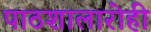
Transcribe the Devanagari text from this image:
पाठशालारोही